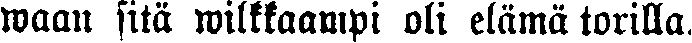
waan sitä wilkkaampi oli elämä torilla.